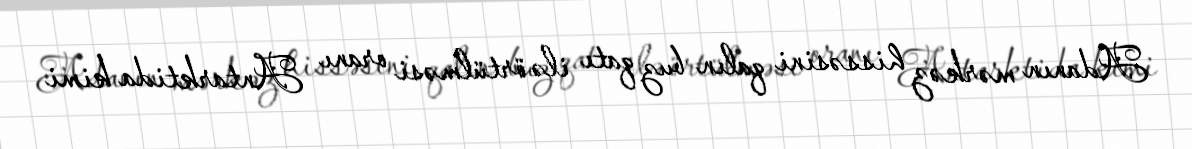
Adanın mərkəz hissəsini qalın buz qatı ilə örtülməsi oranı Antarktida kimi